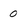
Character: 0